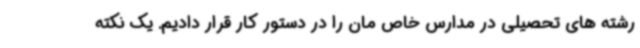
رشته های تحصیلی در مدارس خاص مان را در دستور کار قرار دادیم. یک نکته